Source: Handwritten
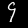
Digit: ၄ (4)